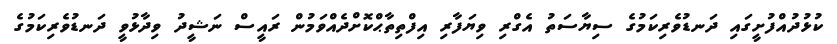
ކުޅުދުއްފުށީގައި ދަނޑުވެރިކަމުގެ ސިޔާސަތު އެގްރި ވިޔަފާރި އިފްތިތާޙްކޮށްދެއްވަމުން ރައީސް ނަޝީދު ވިދާޅުވީ ދަނޑުވެރިކަމުގެ